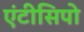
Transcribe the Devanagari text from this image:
एंटीसिपो